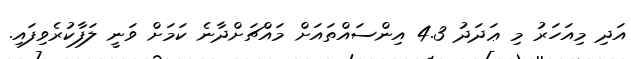
އަދި މިއަހަރު މި ޢަދަދު 4.3 އިންސައްތައަށް މައްޗަށްދާނެ ކަމަށް ވަނީ ލަފާކުރެވިފައި.